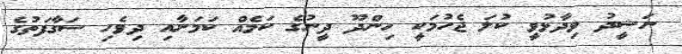
ނަޝީދު ވިދާޅުވީ ކުލަ ޖެހުމަކީ ހިންދޫ ދީނުގެ ކަމެއް ކަމަށާއި ދިވެހި ސަގާފަތުގެ